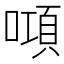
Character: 𠾿